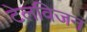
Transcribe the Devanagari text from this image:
टेलविजन